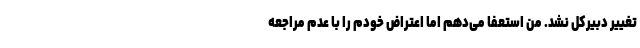
تغییر دبیرکل نشد. من استعفا می‌دهم اما اعتراض خودم را با عدم مراجعه